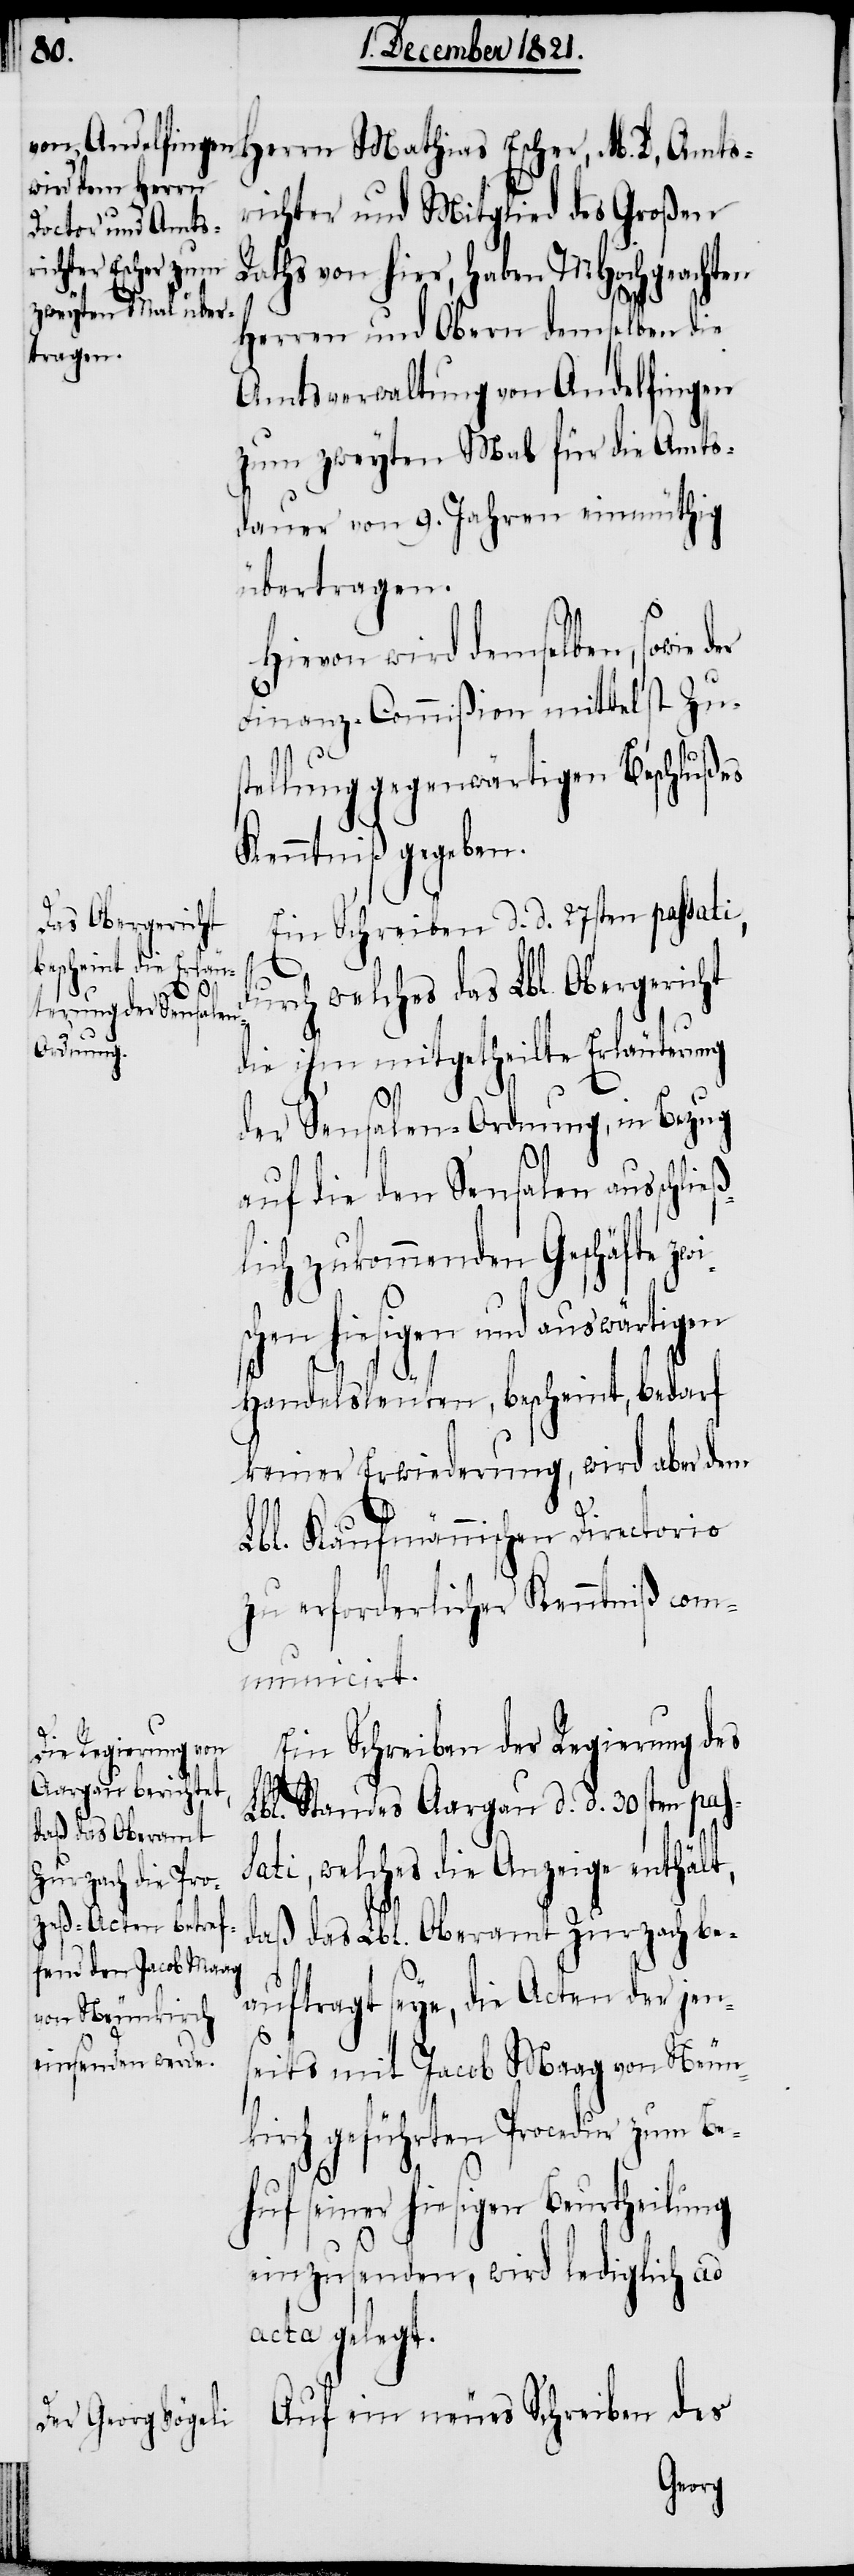
richter und Mitglied des Großen
Raths von hier, haben MHochgeachten
Herren und Obern demselben die
Amtsverwaltung von Andelfingen
zum zweyten Mal für die Amts¬
dauer von 9. Jahren einmüthig
übertragen.
ß¬
owie der
Hievon wird demselbe¬
st Zus¬
Finanz-Commißion mittel¬
tellung gegenwärtigen Beschlußes
Kenntniß gegeben.
Ein Schreiben d. d. 27sten passati,
n,
durch welches das Lbl. Obergericht
D.,
die ihm mitgetheilte Erläuterung
der Sensalen-Ordnung, in Bezug
auf die den Sensalen ausschlie¬
lich zukommenden Geschäfte z¬
schen hiesigen und auswärtigen
Handelsleuten, bescheint, bedarf
keiner Erwiederung, wird aber dem
Lbl. Kaufmännischen Directorio
zu erforderlicher Kenntniß com¬
municirt.
Ein Schreiben der Regierung des
wi¬
Lbl. Standes Aargau d. d. 30sten pas¬
sati, welches die Anzeige enthält,
daß das Lbl. Oberamt Zurzach be¬
auftragt seye, die Acten der jen¬
seits mit Jacob Maag von Neun¬
kirch geführten Procedur zum Be¬
huf seiner hiesigen Beurtheilung
einzusenden, wird lediglich ad
acta gelegt.
Auf ein neues Schreiben des